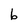
Character: b